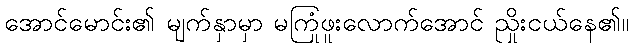
အောင်မောင်း၏ မျက်နှာမှာ မကြုံဖူးလောက်အောင် ညှိုးငယ်နေ၏။